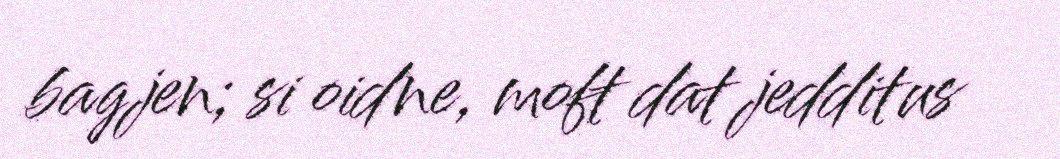
bagjen; si oidne, moft dat jedditus